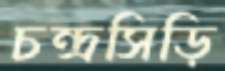
চন্দ্রসিড়ি